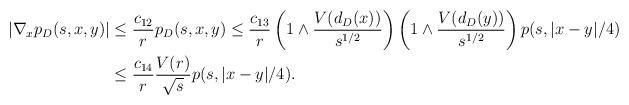
LaTeX: \begin{align*} |\nabla_x p_D(s,x,y)| &\le \frac{c_{12}}{r} p_D(s,x,y) \le \frac{c_{13}}{r}\left(1 \land {\frac{V(d_D(x))}{s^{1/2}}}\right) \left(1 \land {\frac{V(d_D(y))}{s^{1/2}}}\right) p(s, |x-y|/4) \\&\le \frac{c_{14}}{r} \frac{V(r)}{\sqrt s} p(s,|x-y|/4).\end{align*}